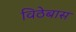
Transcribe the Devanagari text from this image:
विठेबास